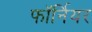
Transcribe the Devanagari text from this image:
फॉर्नियर